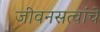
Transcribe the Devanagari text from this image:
जीवनसत्वांचे